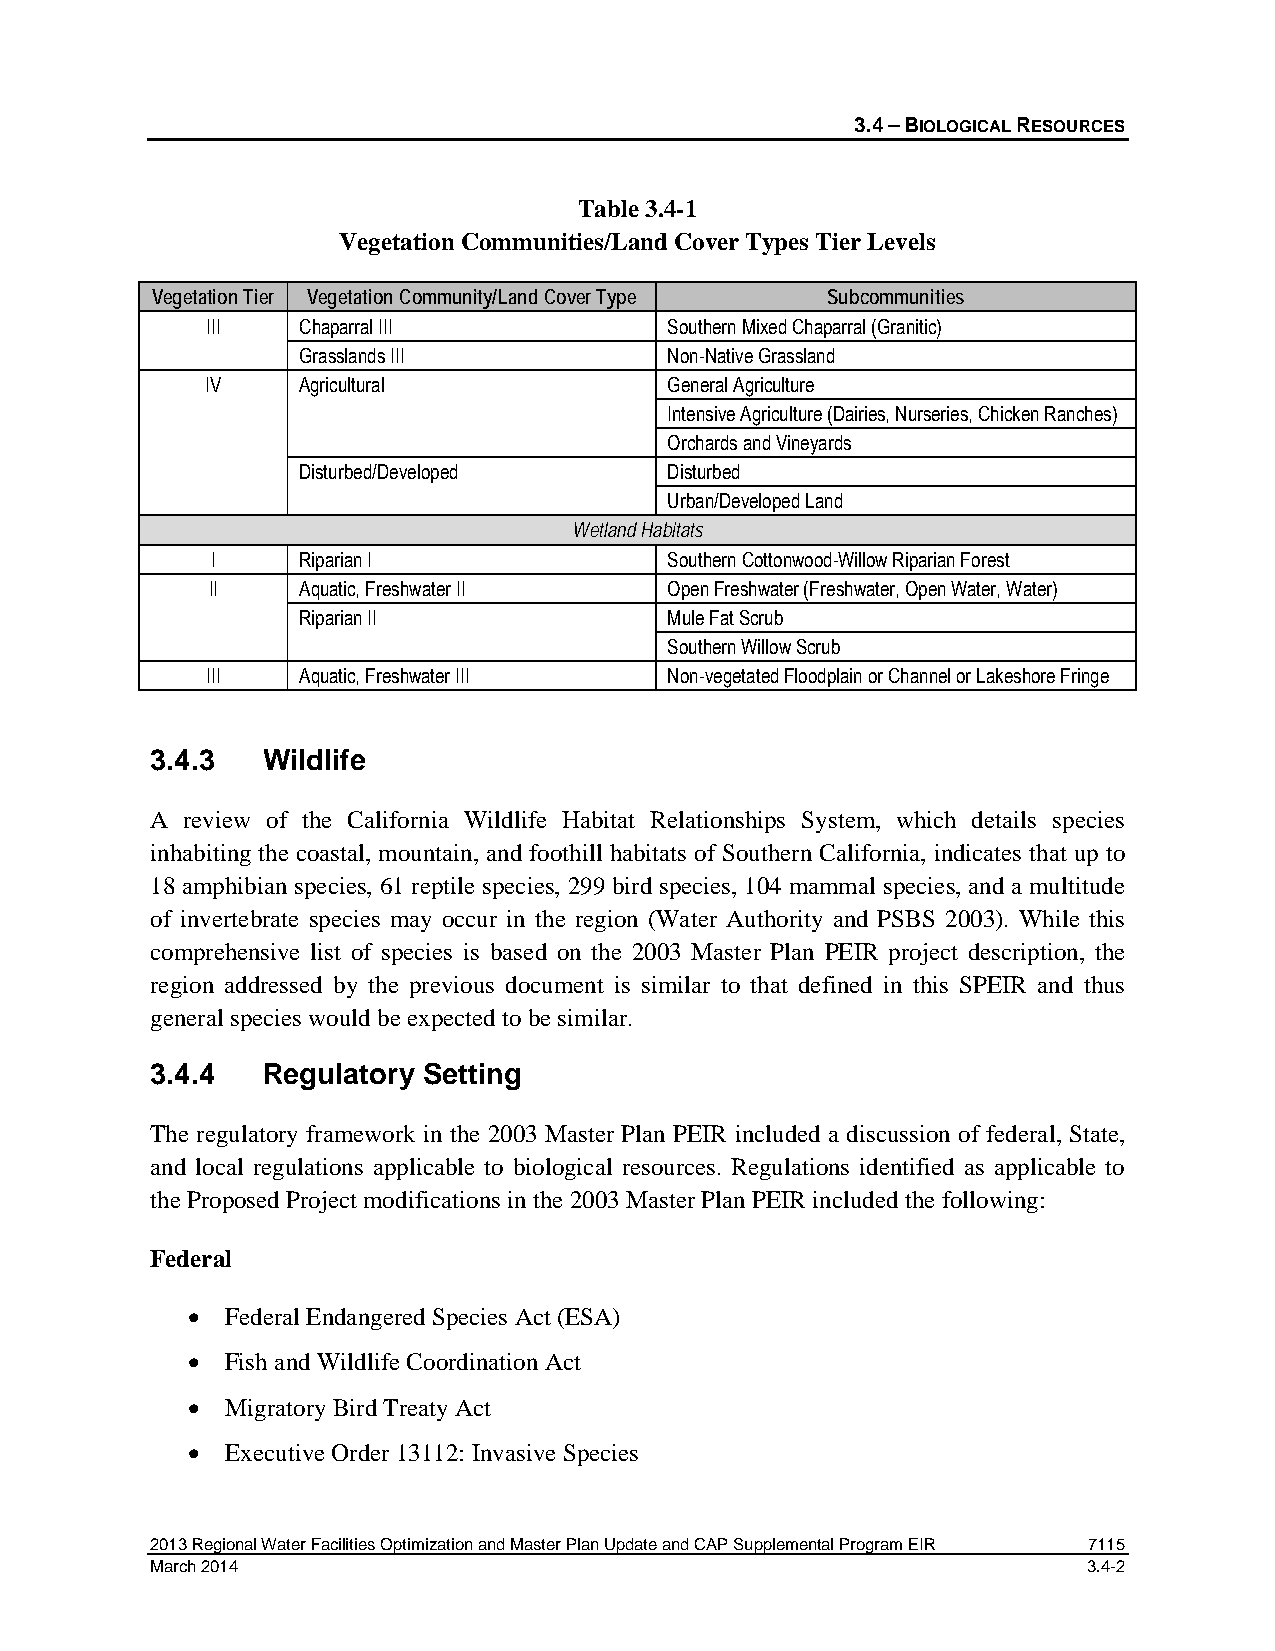
3.4 – BIOLOGICAL RESOURCES
 Table 3.4-1
 Vegetation Communities/Land Cover Types Tier Levels
 Vegetation Tier Vegetation Community/Land Cover Type Subcommunities
 III   Chaparral III           Southern Mixed Chaparral (Granitic)
 Grasslands III          Non-Native Grassland
 IV    Agricultural            General Agriculture
 Intensive Agriculture (Dairies, Nurseries, Chicken Ranches)
 Orchards and Vineyards
 Disturbed/Developed     Disturbed
 Urban/Developed Land
 Wetland Habitats
 I     Riparian I              Southern Cottonwood-Willow Riparian Forest
 II    Aquatic, Freshwater II  Open Freshwater (Freshwater, Open Water, Water)
 Riparian II             Mule Fat Scrub
 Southern Willow Scrub
 III   Aquatic, Freshwater III Non-vegetated Floodplain or Channel or Lakeshore Fringe
 3.4.3  Wildlife
 A review of the California Wildlife Habitat Relationships System, which details species
 inhabiting the coastal, mountain, and foothill habitats of Southern California, indicates that up to
 18 amphibian species, 61 reptile species, 299 bird species, 104 mammal species, and a multitude
 of invertebrate species may occur in the region (Water Authority and PSBS 2003). While this
 comprehensive list of species is based on the 2003 Master Plan PEIR project description, the
 region addressed by the previous document is similar to that defined in this SPEIR and thus
 general species would be expected to be similar.
 3.4.4  Regulatory Setting
 The regulatory framework in the 2003 Master Plan PEIR included a discussion of federal, State,
 and local regulations applicable to biological resources. Regulations identified as applicable to
 the Proposed Project modifications in the 2003 Master Plan PEIR included the following:
 Federal
 •  Federal Endangered Species Act (ESA)
 •  Fish and Wildlife Coordination Act
 •  Migratory Bird Treaty Act
 •  Executive Order 13112: Invasive Species
 2013 Regional Water Facilities Optimization and Master Plan Update and CAP Supplemental Program EIR 7115
 March 2014                                                    3.4-2